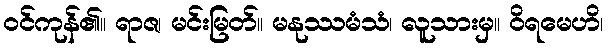
ဝင်ကုန်၏။ ရာဇ၊ မင်းမြတ်။ မနုဿမံသံ၊ လူသားမှ။ ဝိရမေဟိ၊